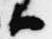
候